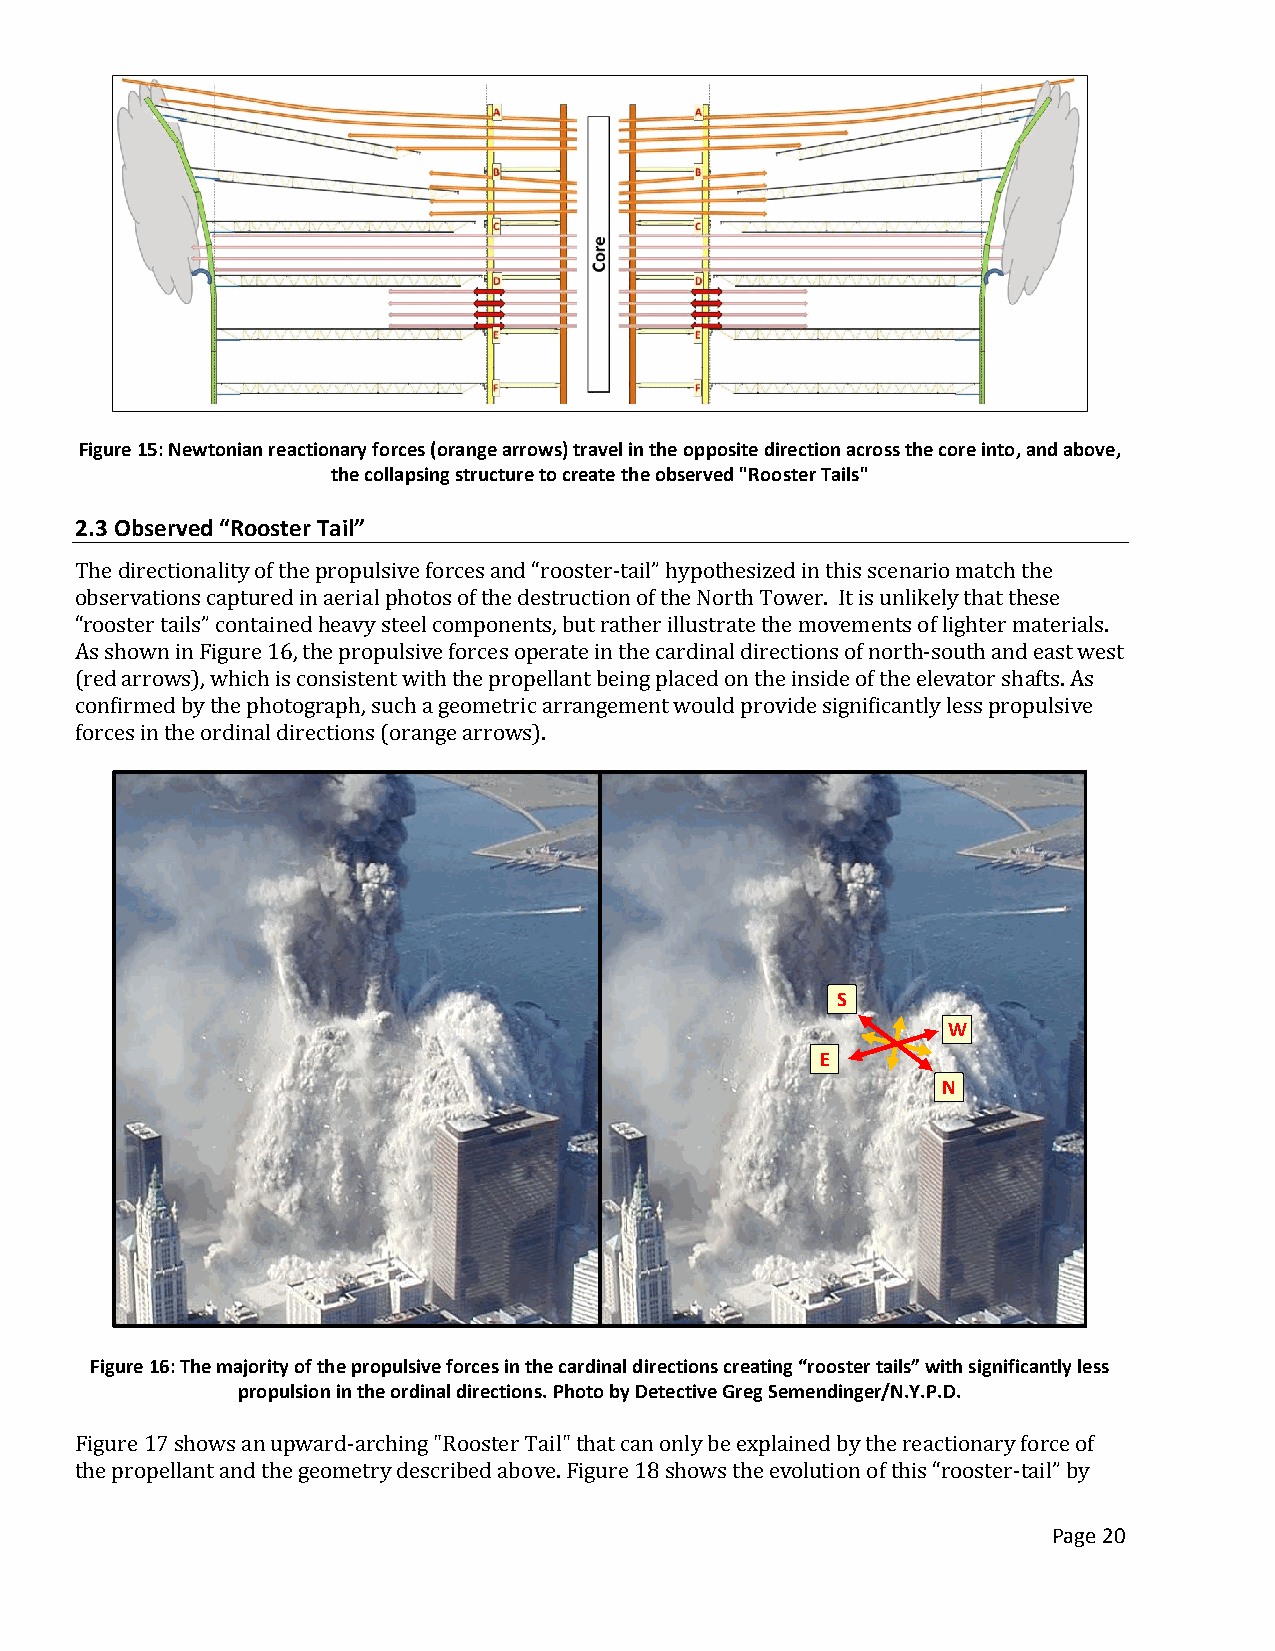
Figure 15: Newtonian reactionary forces (orange arrows) travel in the opposite direction across the core into, and above,
 the collapsing structure to create the observed "Rooster Tails"
 2.3 Observed “Rooster Tail”
 The directionality of the propulsive forces and “rooster-tail” hypothesized in this scenario match the
 observations captured in aerial photos of the destruction of the North Tower. It is unlikely that these
 “rooster tails” contained heavy steel components, but rather illustrate the movements of lighter materials.
 As shown in Figure 16, the propulsive forces operate in the cardinal directions of north-south and east west
 (red arrows), which is consistent with the propellant being placed on the inside of the elevator shafts. As
 confirmed by the photograph, such a geometric arrangement would provide significantly less propulsive
 forces in the ordinal directions (orange arrows).
 S
 W
 E
 N
 Figure 16: The majority of the propulsive forces in the cardinal directions creating “rooster tails” with significantly less
 propulsion in the ordinal directions. Photo by Detective Greg Semendinger/N.Y.P.D.
 Figure 17 shows an upward-arching "Rooster Tail" that can only be explained by the reactionary force of
 the propellant and the geometry described above. Figure 18 shows the evolution of this “rooster-tail” by
 Page 20